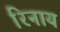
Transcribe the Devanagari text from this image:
रिनाय